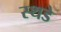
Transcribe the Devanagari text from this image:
स्थडे